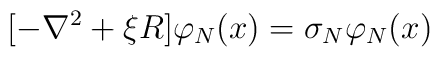
[- \nabla^2 + \xi R]\varphi_N(x) = \sigma_N\varphi_N(x)